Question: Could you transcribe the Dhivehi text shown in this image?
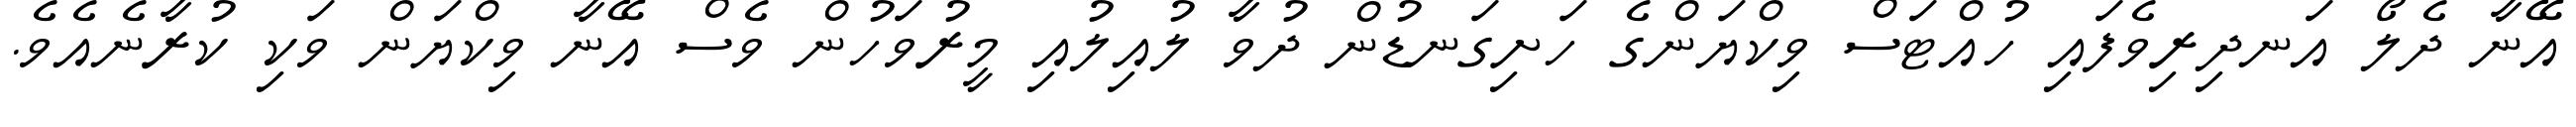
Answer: އޭނާ ދެލޯ އަނދިރިވެފައި ހުއްޓަސް ވިކްޔަންގެ ހަށިގަނޑުން ދުވާ ލުއިލުއި މީރުވަހުން ވެސް އޭނާ ވިކްޔަން ވަކި ކުރާނެއެވެ.